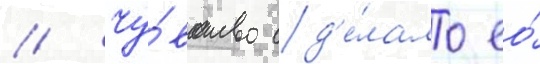
// Чу́вство сд'е́лало ео́